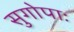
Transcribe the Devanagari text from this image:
सुगोपाः